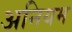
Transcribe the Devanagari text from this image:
अनियम